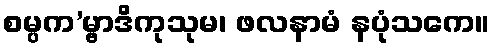
စမ္ပက’မ္ဗာဒိကုသုမ၊ ဖလနာမံ နပုံသကေ။